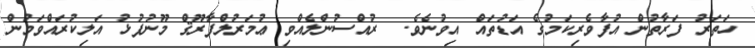
ހަތަރު ފަރާތުން އުފާވެރިކަމުގެ އަޑުތައް އިވުނެވެ.  ރުއްސުންލެއްވި ޢުމަރުލްފާރޫޤް މޫނުފުޅު އަލިކުރައްވަމުން